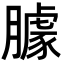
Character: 臄